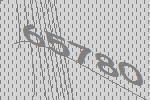
65780